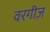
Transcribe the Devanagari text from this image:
वरगीज़